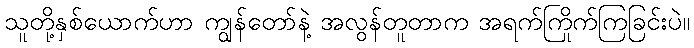
သူတို့နှစ်ယောက်ဟာ ကျွန်တော်နဲ့ အလွန်တူတာက အရက်ကြိုက်ကြခြင်းပဲ။